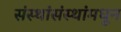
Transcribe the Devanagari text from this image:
संस्थांसंस्थांमधून